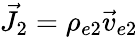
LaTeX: \vec{J}_{2}=\rho_{e2}\vec{v}_{e2}